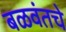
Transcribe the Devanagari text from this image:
बळवंतचे